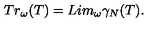
T r _ { \omega } ( T ) = L i m _ { \omega } { \gamma } _ { N } ( T ) .